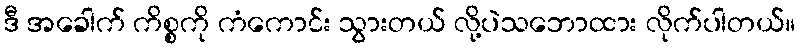
ဒီ အခေါက် ကိစ္စကို ကံကောင်း သွားတယ် လို့ပဲသဘောထား လိုက်ပါတယ်။